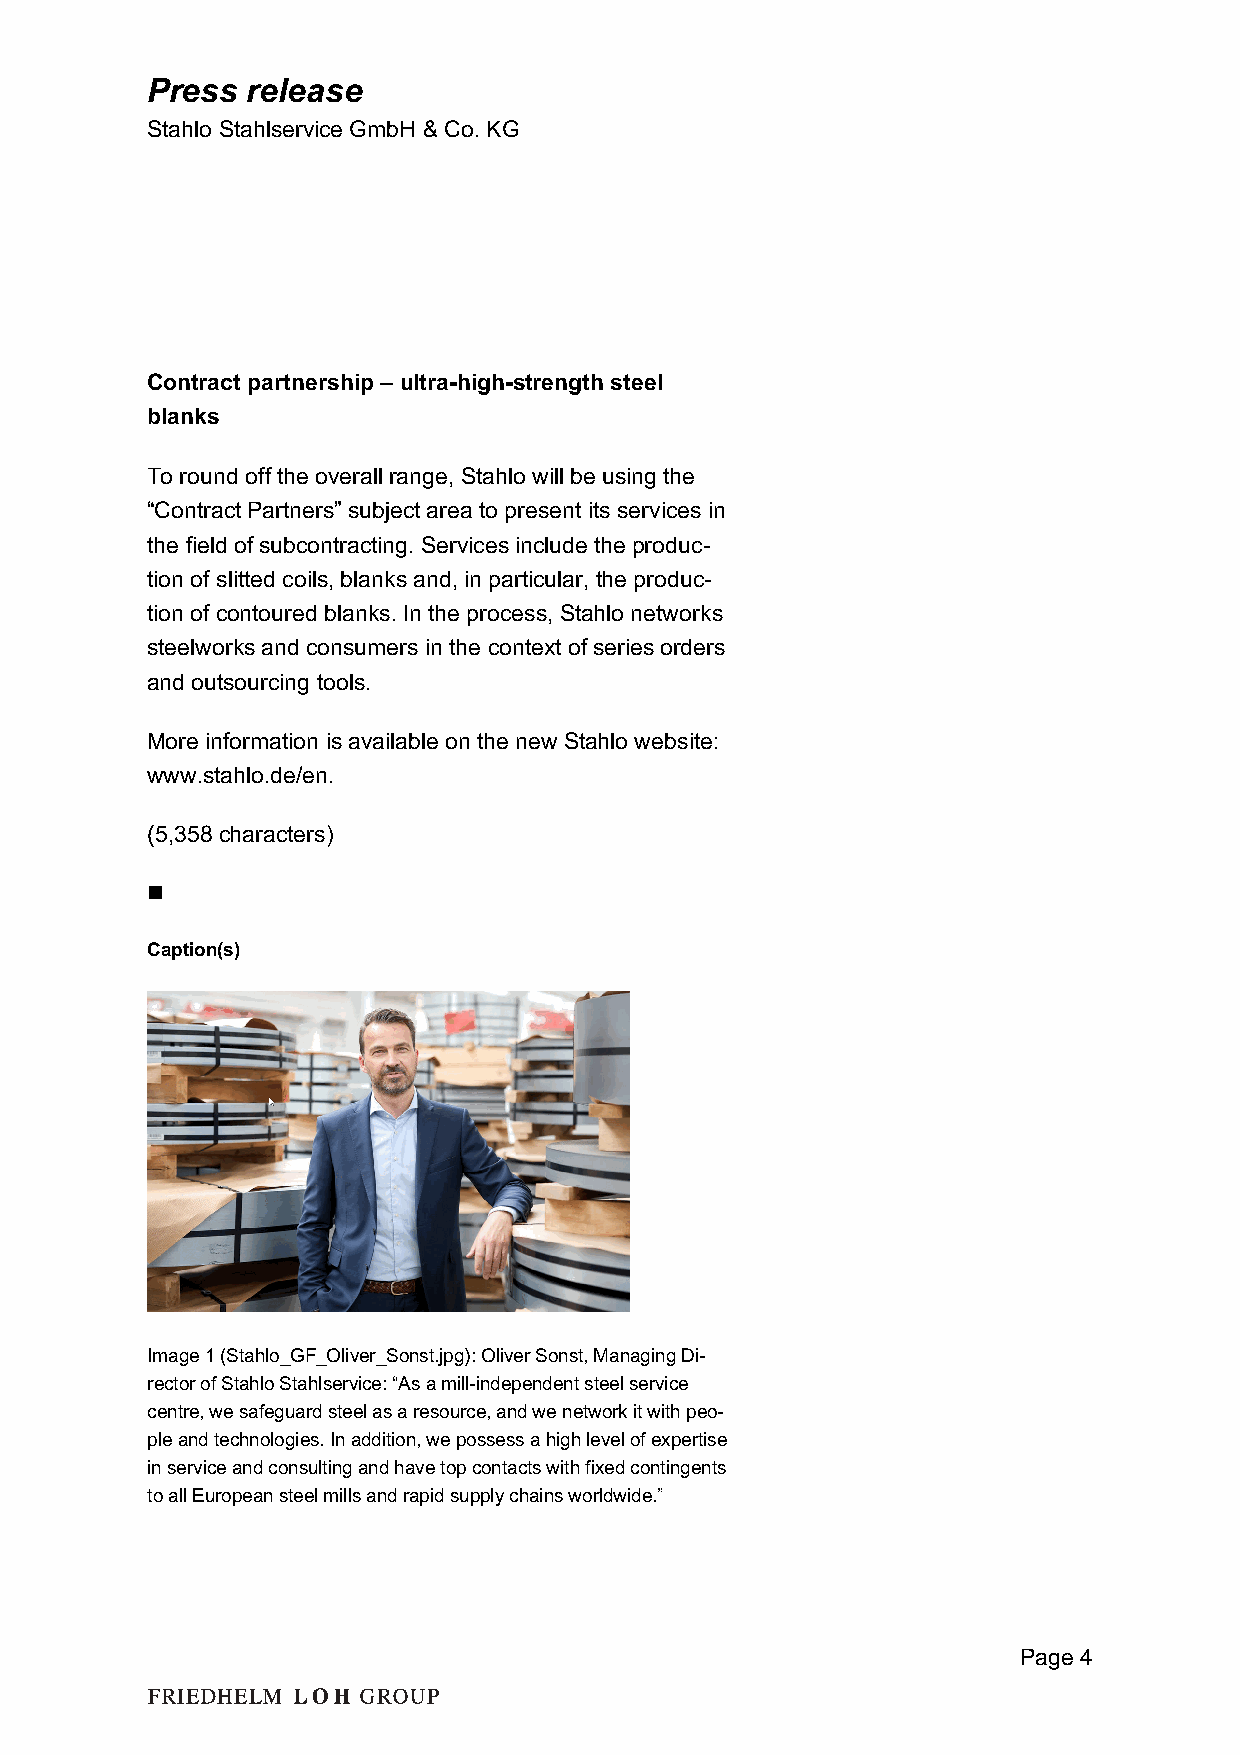
Press release
 Stahlo Stahlservice GmbH & Co. KG
 Contract partnership – ultra-high-strength steel
 blanks
 To round off the overall range, Stahlo will be using the
 “Contract Partners” subject area to present its services in
 the field of subcontracting. Services include the produc-
 tion of slitted coils, blanks and, in particular, the produc-
 tion of contoured blanks. In the process, Stahlo networks
 steelworks and consumers in the context of series orders
 and outsourcing tools.
 More information is available on the new Stahlo website:
 www.stahlo.de/en.
 (5,358 characters)
 n
 Caption(s)
 Image 1 (Stahlo_GF_Oliver_Sonst.jpg): Oliver Sonst, Managing Di-
 rector of Stahlo Stahlservice: “As a mill-independent steel service
 centre, we safeguard steel as a resource, and we network it with peo-
 ple and technologies. In addition, we possess a high level of expertise
 in service and consulting and have top contacts with fixed contingents
 to all European steel mills and rapid supply chains worldwide.”
 Page 4